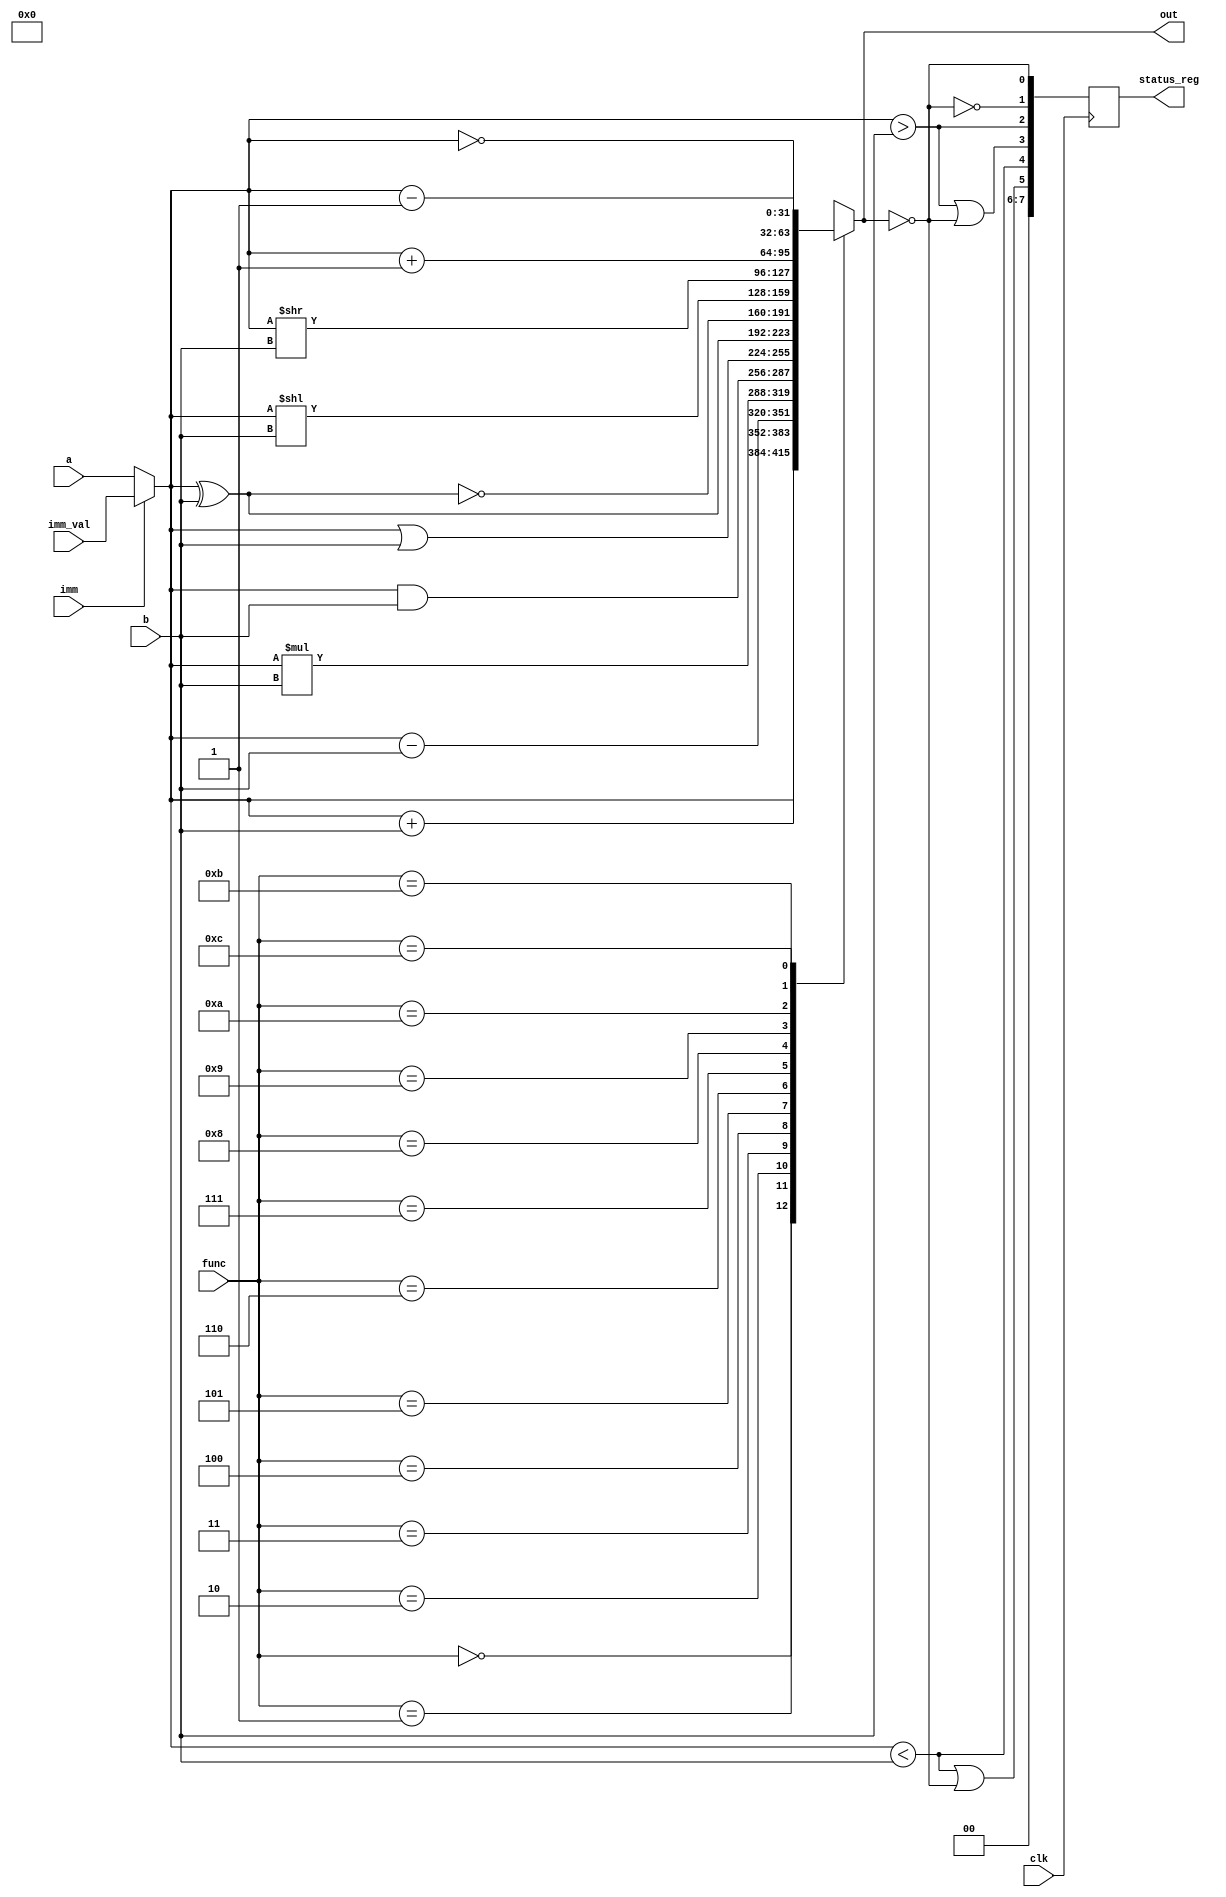
module ALU16bit(
    input clk,
    input [31:0] a, b, imm_val,
    input imm,
    input [3:0] func,
    output reg [31:0] out,
    output reg [7:0] status_reg
);

//Store operand (depending on immediate signal)
wire [31:0] temp;

//Hold next state of status register
reg [7:0] status_reg_next;

localparam [3:0]
    NOP  = 4'b0000,
    ADD  = 4'b0001,
    SUB  = 4'b0010,
    MUL  = 4'b0011,
    AND  = 4'b0100,
    OR   = 4'b0101,
    XOR  = 4'b0110,
    XNOR = 4'b0111,
    SHL  = 4'b1000,
    SHR  = 4'b1001,
    INC  = 4'b1010,
    DEC  = 4'b1011,
    NOT  = 4'b1100;

//Bit indexes of statuses
localparam
    EQU    = 0,
    NEQU   = 1,
    BTHAN  = 2,
    BEQUAL = 3,
    LTHAN  = 4,
    LEQUAL = 5;

assign temp = (imm) ? imm_val : a;

always @(*) begin
    case (func)
        NOP:  out <= temp; //Set output to 'temp' for NOP
        ADD:  out <= temp + b;
        SUB:  out <= temp - b;
        MUL:  out <= temp * b;
        AND:  out <= temp & b;
        OR:   out <= temp | b;
        XOR:  out <= temp ^ b;
        XNOR: out <= ~(temp ^ b);
        SHL:  out <= temp << b;
        SHR:  out <= temp >> b;
        INC:  out <= temp + 1;
        DEC:  out <= temp - 1;
        NOT:  out <= ~temp;
        default: out <= 16'bx; //Set output to unknown for invalid function codes
    endcase
end

always @(*) begin
    status_reg_next[EQU]    <= (out == 0); //Equal
    status_reg_next[NEQU]   <= !status_reg_next[EQU]; //Not Equal
    status_reg_next[BTHAN]  <= (temp > b); //Bigger Than
    status_reg_next[BEQUAL] <= (status_reg_next[BTHAN] | status_reg_next[EQU]); //Bigger Than Equal
    status_reg_next[LTHAN]  <= (temp < b); //Less Than
    status_reg_next[LEQUAL] <= (status_reg_next[LTHAN] | status_reg_next[EQU]); //Less Than Equal
    status_reg_next[7:6]    <= 2'b0; //Set remaining bits to 0 (might set it something else or keep it 0 idk)
end

//Latch the status_reg on the positive edge of clock
always @(posedge clk) begin
    status_reg <= status_reg_next;
end

endmodule